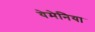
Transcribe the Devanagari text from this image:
येमेनिया